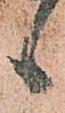
候